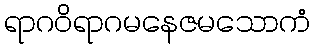
ရာဂဝိရာဂမနေဇမသောကံ